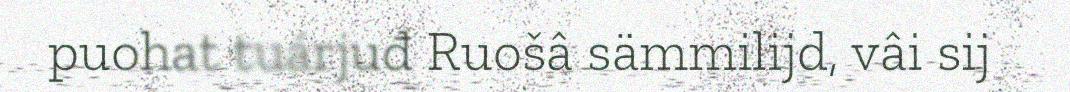
puohat tuárjuđ Ruošâ sämmilijd, vâi sij